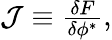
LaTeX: \begin{array}{r}{\mathcal{J}\equiv\frac{\delta F}{\delta\phi^{*}},}\end{array}